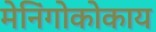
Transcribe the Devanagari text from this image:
मेनिंगोकोकाय